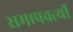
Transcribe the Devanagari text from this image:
समापवर्त्यो